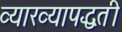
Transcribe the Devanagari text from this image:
व्याख्यापद्धती